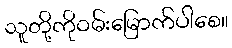
သူတို့ကိုဝမ်းမြောက်ပါစေ။